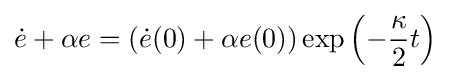
{\dot {e}}+\alpha e=({\dot {e}}(0)+\alpha e(0))\exp \left(-{\frac {\kappa }{2}}t\right)